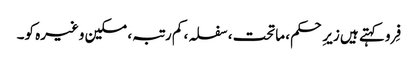
فِرو کہتے ہیں زیرِ حکم، ماتحت، سفلہ، کم رتبہ، مسکین وغیرہ کو۔